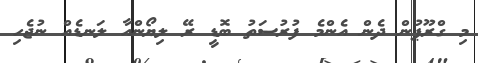
މި ގްރޫޕުން ދެން އެންމެ ފުރުސަތު ބޮޑީ ރޭ ލިޔޯންއާ ލަނޑެއް ނުޖެހި